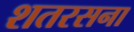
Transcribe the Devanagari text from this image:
शतरसना